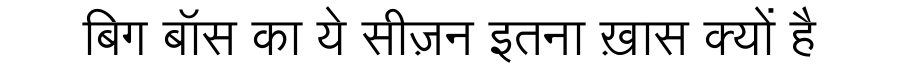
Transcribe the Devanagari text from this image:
बिग बॉस का ये सीज़न इतना ख़ास क्यों है